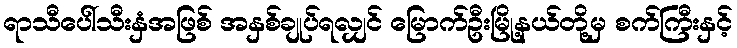
ရာသီပေါ်သီးနှံအဖြစ် အနှစ်ချုပ်ရလျှင် မြောက်ဦးမြို့နယ်တို့မှ စက်ကြီးနှင့်